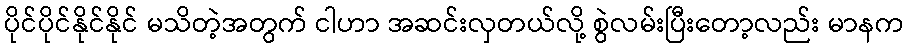
ပိုင်ပိုင်နိုင်နိုင် မသိတဲ့အတွက် ငါဟာ အဆင်းလှတယ်လို့ စွဲလမ်းပြီးတော့လည်း မာနက